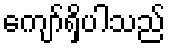
ကျော်ရှိပါသည်